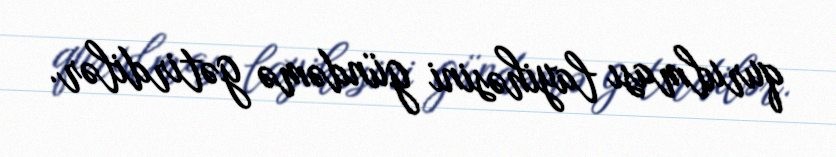
qurulması layihəsini gündəmə gətirdilər.